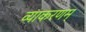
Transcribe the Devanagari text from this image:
व्याकरणम्